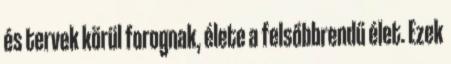
és tervek körül forognak, élete a felsőbbrendű élet. Ezek